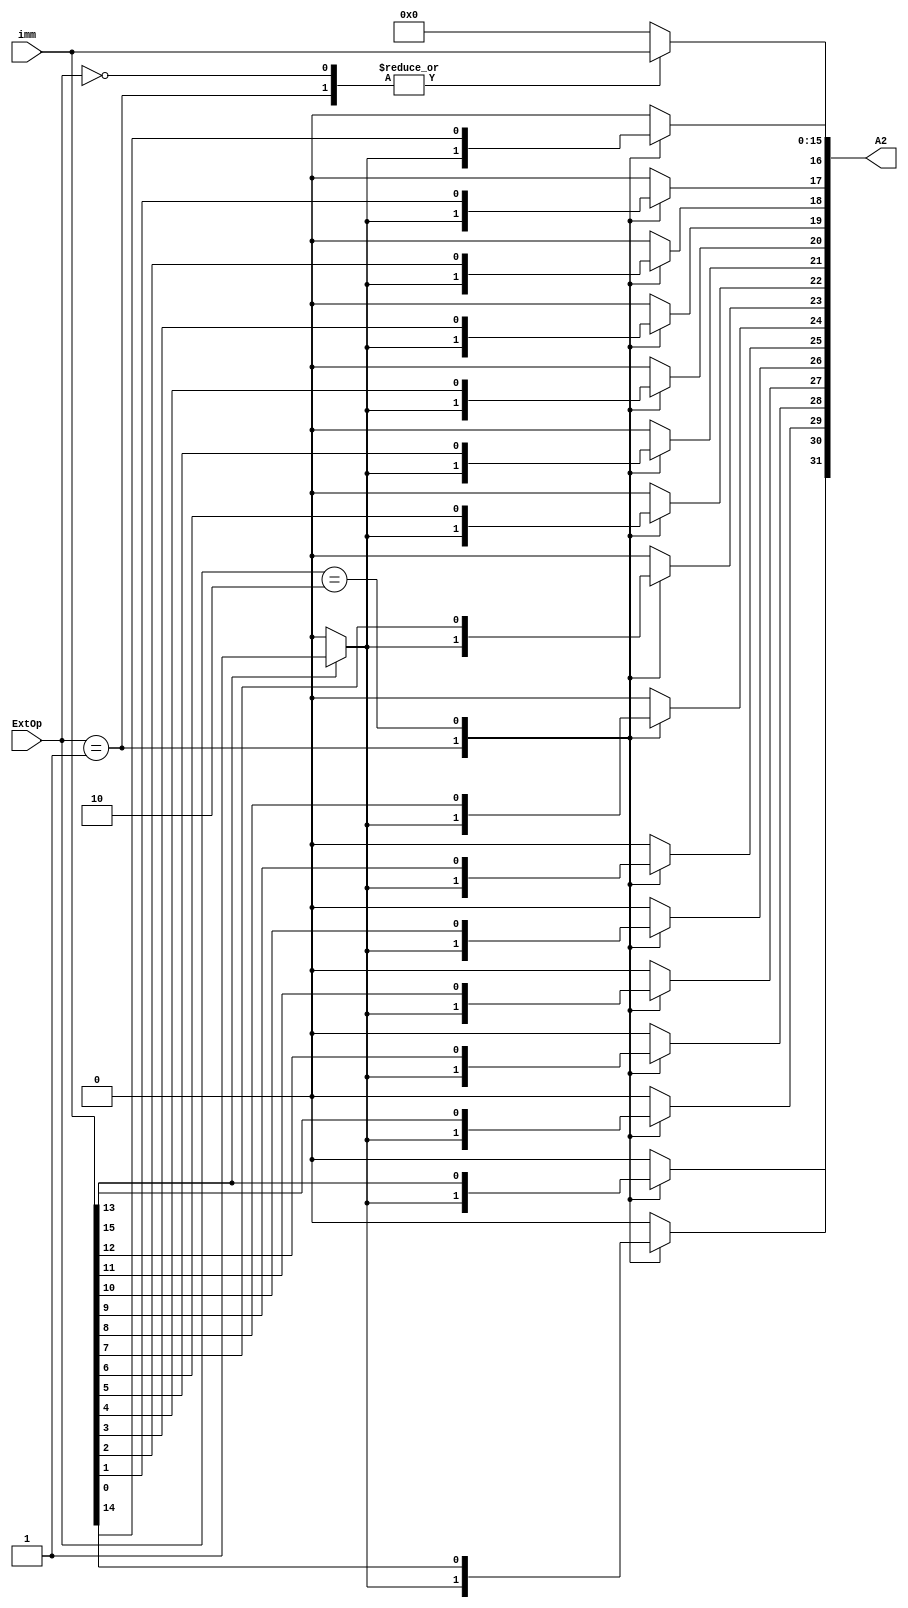
`timescale 1ns / 1ps
//////////////////////////////////////////////////////////////////////////////////
// Company: 
// Engineer: 
// 
// Design Name: 
// Module Name:    ext 
// Project Name: 
// Target Devices: 
// Tool versions: 
// Description: 
//
// Dependencies: 
//
// Revision: 
// Revision 0.01 - File Created
// Additional Comments: 
//
//////////////////////////////////////////////////////////////////////////////////
module ext(
    input [1:0] ExtOp,
    input [15:0] imm,
    output [31:0] A2
    );
	 
	 reg [31:0] Imm;
	 integer i;
	 initial begin
		Imm=0;
		i=0;
	 end

always @*begin
Imm=0;
case (ExtOp)
	0:
		begin
		Imm=imm;
		end
	1:
		begin
			if(imm[15]==0)begin
				Imm[15:0]=imm;
			end
			else begin
				for(i=16;i<32;i=i+1)begin
					Imm[i]=1;
				end
				Imm[15:0]=imm;
			end
		end
	2:
		begin
			for(i=16;i<32;i=i+1)begin
					Imm[i]=imm[i-16];
				end
		end

endcase
end

assign A2=Imm;
endmodule